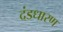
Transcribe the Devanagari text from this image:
दंडधारण